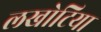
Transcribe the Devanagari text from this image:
लखोटिया